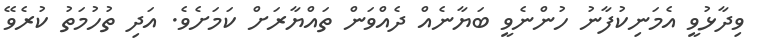
ވިދާޅުވީ އެމަނިކުފާނު ހުންނެވީ ބަޔާނެއް ދެއްވަން ތައްޔާރަށް ކަމަށެވެ. އަދި ތުހުމަތު ކުރެވޭ